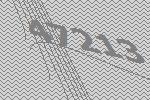
47213